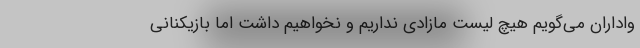
واداران می‌گویم هیچ لیست مازادی نداریم و نخواهیم داشت اما بازیکنانی